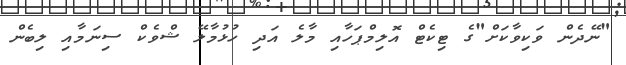
"ނޭދެން ވަކިވާކަށް"ގެ ޓިކެޓް އޮލިމްޕަހާއި މާލެ އަދި ހުޅުމާލޭ ޝްވެކް ސިނަމާއި ލިބެން